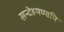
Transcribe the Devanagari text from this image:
सन्देहमण्वपि